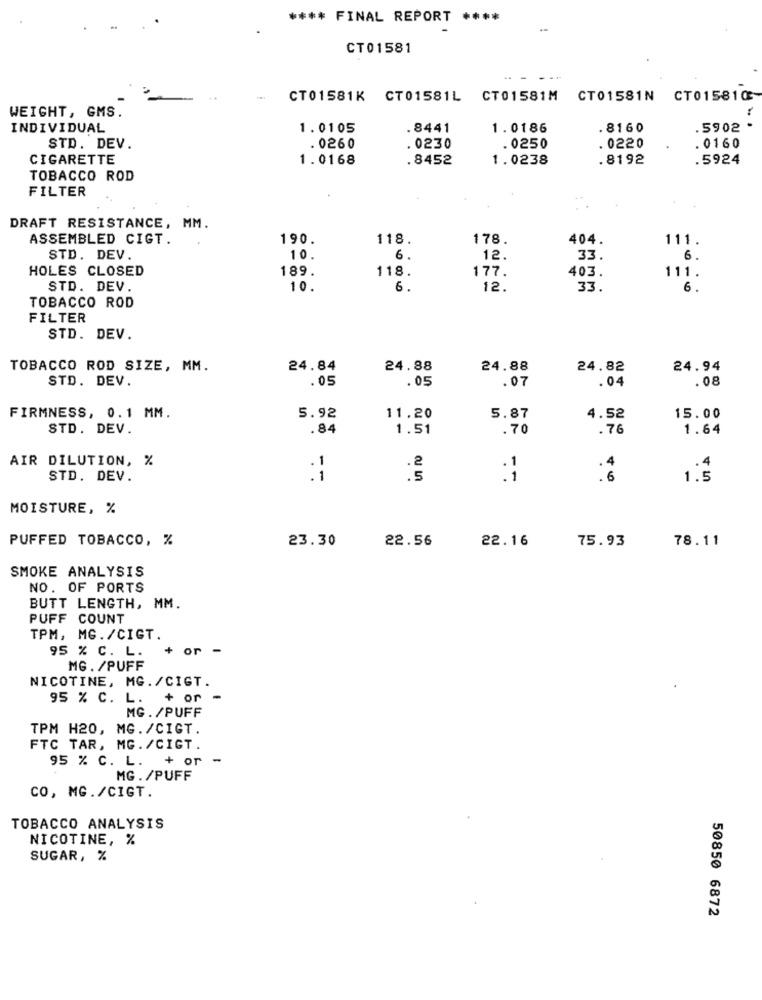
**** FINAL REPORT ****
CT01581
CT01581K CT01581L CT01581M CT01581N CT015810
WEIGHT, GMS.
INDIVIDUAL
1. 0105
.8441
1.0186
8160
. 5902
STD. DEV.
. 0260
.0230
. 0250
. 0220
. 0160
CIGARETTE
1.0168
.8452
1.0238
.8192
.5924
TOBACCO ROD
FILTER
DRAFT RESISTANCE, MM.
ASSEMBLED CIGT.
190.
118.
178
404.
111.
STD. DEV.
10.
6.
12.
33.
6.
HOLES CLOSED
189.
177.
118.
403.
111.
STD. DEV.
10.
6.
12.
33.
6
TOBACCO ROD
FILTER
STD. DEV.
TOBACCO ROD SIZE, MM.
24.84
24.88
24.88
24.82
24.94
STD. DEV.
.05
.05
.07
.04
.08
FIRMNESS, 0.1 MM.
5.92
11.20
5.87
4.52
15.00
STD. DEV.
.84
1.51
.70
. 76
1.64
AIR DILUTION, %
·1
STD. DEV.
1.3
MOISTURE, %
PUFFED TOBACCO, %
23.30
22.56
22.16
75.93
78.11
SMOKE ANALYSIS
NO. OF PORTS
BUTT LENGTH, MM.
PUFF COUNT
TPM, MG./CIGT.
95 % C. L.
+ or -
MG. /PUFF
NICOTINE, MG./CIGT.
95 % C. L.
+ or -
MG. /PUFF
TPM H20, MG. /CIGT.
FTC TAR, MG. /CIGT.
95 % C. L. + or -
MG./PUFF
CO, MG./CIGT.
TOBACCO ANALYSIS
NICOTINE, %
SUGAR, %
50850 6872